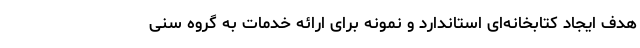
هدف ایجاد کتابخانه‌ای استاندارد و نمونه برای ارائه خدمات به گروه سنی